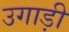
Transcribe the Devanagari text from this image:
उगाड़ी